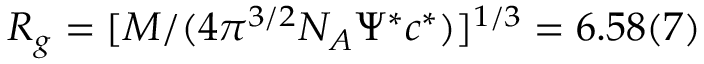
R _ { g } = [ M / ( 4 \pi ^ { 3 / 2 } N _ { A } \Psi ^ { * } c ^ { * } ) ] ^ { 1 / 3 } = 6 . 5 8 ( 7 )